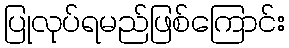
ပြုလုပ်ရမည်ဖြစ်ကြောင်း